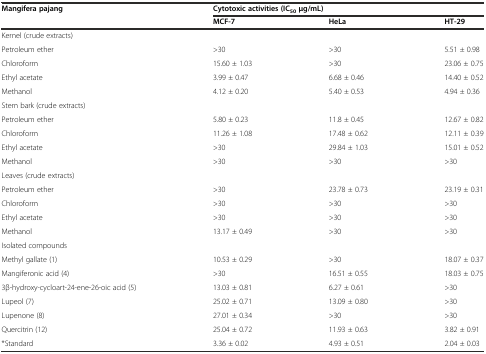
<table><thead><tr><td><b>Mangifera pajang</b></td><td colspan="3"><b>Cytotoxic activities (IC<sub>50</sub>μg/mL)</b></td></tr><tr><td></td><td><b>MCF-7</b></td><td><b>HeLa</b></td><td><b>HT-29</b></td></tr></thead><tbody><tr><td>Kernel (crude extracts)</td><td></td><td></td><td></td></tr><tr><td>Petroleum ether</td><td>&gt;30</td><td>&gt;30</td><td>5.51 ± 0.98</td></tr><tr><td>Chloroform</td><td>15.60 ± 1.03</td><td>&gt;30</td><td>23.06 ± 0.75</td></tr><tr><td>Ethyl acetate</td><td>3.99 ± 0.47</td><td>6.68 ± 0.46</td><td>14.40 ± 0.52</td></tr><tr><td>Methanol</td><td>4.12 ± 0.20</td><td>5.40 ± 0.53</td><td>4.94 ± 0.36</td></tr><tr><td>Stem bark (crude extracts)</td><td></td><td></td><td></td></tr><tr><td>Petroleum ether</td><td>5.80 ± 0.23</td><td>11.8 ± 0.45</td><td>12.67 ± 0.82</td></tr><tr><td>Chloroform</td><td>11.26 ± 1.08</td><td>17.48 ± 0.62</td><td>12.11 ± 0.39</td></tr><tr><td>Ethyl acetate</td><td>&gt;30</td><td>29.84 ± 1.03</td><td>15.01 ± 0.52</td></tr><tr><td>Methanol</td><td>&gt;30</td><td>&gt;30</td><td>&gt;30</td></tr><tr><td>Leaves (crude extracts)</td><td></td><td></td><td></td></tr><tr><td>Petroleum ether</td><td>&gt;30</td><td>23.78 ± 0.73</td><td>23.19 ± 0.31</td></tr><tr><td>Chloroform</td><td>&gt;30</td><td>&gt;30</td><td>&gt;30</td></tr><tr><td>Ethyl acetate</td><td>&gt;30</td><td>&gt;30</td><td>&gt;30</td></tr><tr><td>Methanol</td><td>13.17 ± 0.49</td><td>&gt;30</td><td>&gt;30</td></tr><tr><td>Isolated compounds</td><td></td><td></td><td></td></tr><tr><td>Methyl gallate (1)</td><td>10.53 ± 0.29</td><td>&gt;30</td><td>18.07 ± 0.37</td></tr><tr><td>Mangiferonic acid (4)</td><td>&gt;30</td><td>16.51 ± 0.55</td><td>18.03 ± 0.75</td></tr><tr><td>3β-hydroxy-cycloart-24-ene-26-oic acid (5)</td><td>13.03 ± 0.81</td><td>6.27 ± 0.61</td><td>&gt;30</td></tr><tr><td>Lupeol (7)</td><td>25.02 ± 0.71</td><td>13.09 ± 0.80</td><td>&gt;30</td></tr><tr><td>Lupenone (8)</td><td>27.01 ± 0.34</td><td>&gt;30</td><td>&gt;30</td></tr><tr><td>Quercitrin (12)</td><td>25.04 ± 0.72</td><td>11.93 ± 0.63</td><td>3.82 ± 0.91</td></tr><tr><td>*Standard</td><td>3.36 ± 0.02</td><td>4.93 ± 0.51</td><td>2.04 ± 0.03</td></tr></tbody></table>